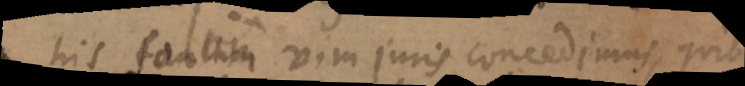
his tantum vim juris concedimus, quibus